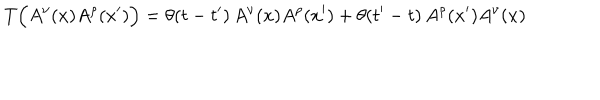
T \Bigl ( A ^ { \nu } ( x ) A ^ { \rho } ( x ^ { \prime } ) \Bigr ) = \theta ( t - t ^ { \prime } ) \, A ^ { \nu } ( x ) A ^ { \rho } ( x ^ { \prime } ) + \theta ( t ^ { \prime } - t ) \, A ^ { \rho } ( x ^ { \prime } ) A ^ { \nu } ( x )